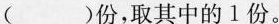
（）份，取其中的1份。